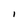
Character: I